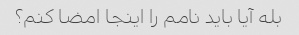
بله آیا باید نامم را اینجا امضا کنم؟